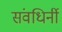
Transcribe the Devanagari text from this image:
संवधिर्नी